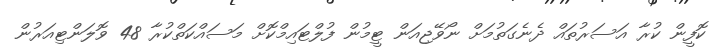
ކޮފީން ކުރާ އަސަރުތައް ދެނެގަތުމަށް ނޯވޭޖިއަން ޓީމުން ފުލްޓައިމްކޮށް މަސައްކަތްކުރާ 48 ވޮލަންޓިއަރުން